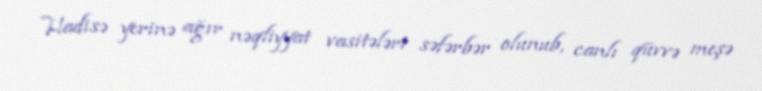
Hadisə yerinə ağır nəqliyyat vasitələri səfərbər olunub, canlı qüvvə meşə